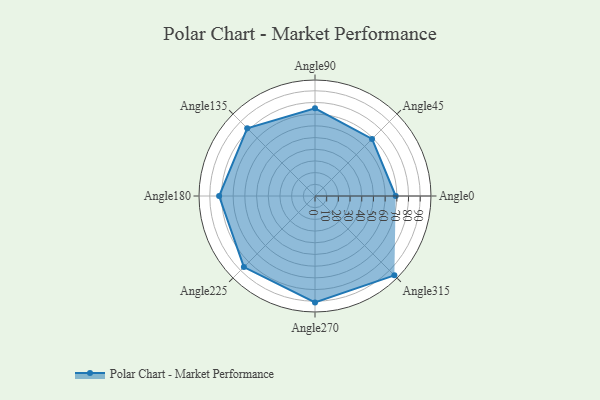
{"axis": {"x": "Angle", "y": "Radius"}, "legend": [""], "data": [{"x": "Angle0", "y": 69.0, "type": ""}, {"x": "Angle45", "y": 69.0, "type": ""}, {"x": "Angle90", "y": 75.0, "type": ""}, {"x": "Angle135", "y": 82.0, "type": ""}, {"x": "Angle180", "y": 82.0, "type": ""}, {"x": "Angle225", "y": 86.0, "type": ""}, {"x": "Angle270", "y": 91.0, "type": ""}, {"x": "Angle315", "y": 96.0, "type": ""}]}